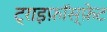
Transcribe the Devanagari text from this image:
ट्राइफ़ॉस्फ़ेट